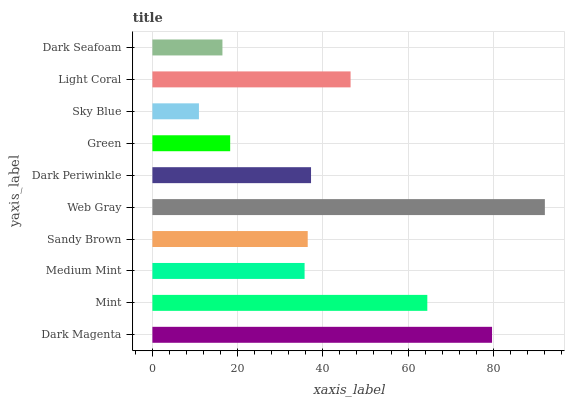
| yaxis_label | bars |
 | --- | --- |
 | Dark Magenta | 79.7 |
 | Mint | 64.5 |
 | Medium Mint | 35.7 |
 | Sandy Brown | 36.5 |
 | Web Gray | 92.1 |
 | Dark Periwinkle | 37.2 |
 | Green | 18.3 |
 | Sky Blue | 10.9 |
 | Light Coral | 46.5 |
 | Dark Seafoam | 16.4 |